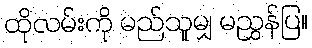
ထိုလမ်းကို မည်သူမျှ မညွှန်ပြ။